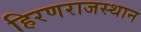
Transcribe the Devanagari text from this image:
हिरणराजस्थान